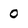
Character: o